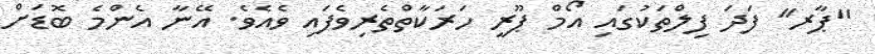
''ޕާރ'' ފަދަ ފިލްތަކުގައި އޯމް ޕޫރީ ހަރަކާތްތެރިވެފައި ވެއެވެ. އޭނާ އެންމެ ބޮޑަށް